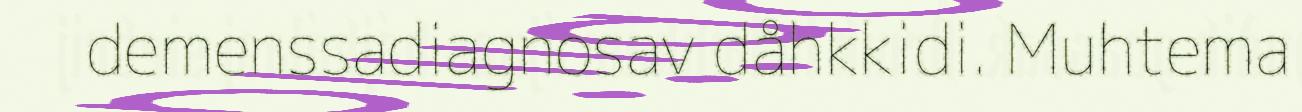
demenssadiagnosav dåhkkidi. Muhtema